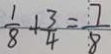
\frac { 1 } { 8 } + \frac { 3 } { 4 } = \frac { 7 } { 8 }